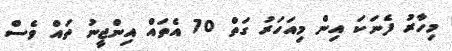
މިހާރު ފެނަކަ އިން މިއަހަރު ގަތް 70 އެތައް އިންޖީނު ތައް ވެސް